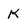
Character: K